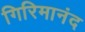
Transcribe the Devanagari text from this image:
गिरिमानंद